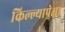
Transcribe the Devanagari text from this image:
किल्ल्यापेक्षा